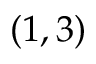
( 1 , 3 )